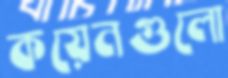
কয়েনগুলো